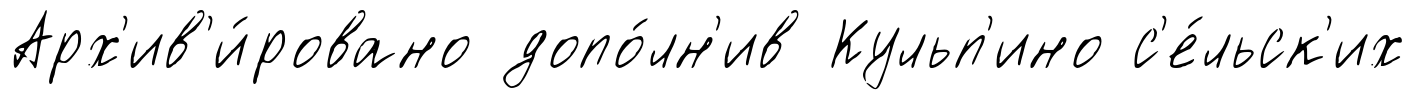
Арх'ив'и́ровано допо́лн'ив Кульп'ино с'е́льск'их